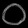
Digit: ၀